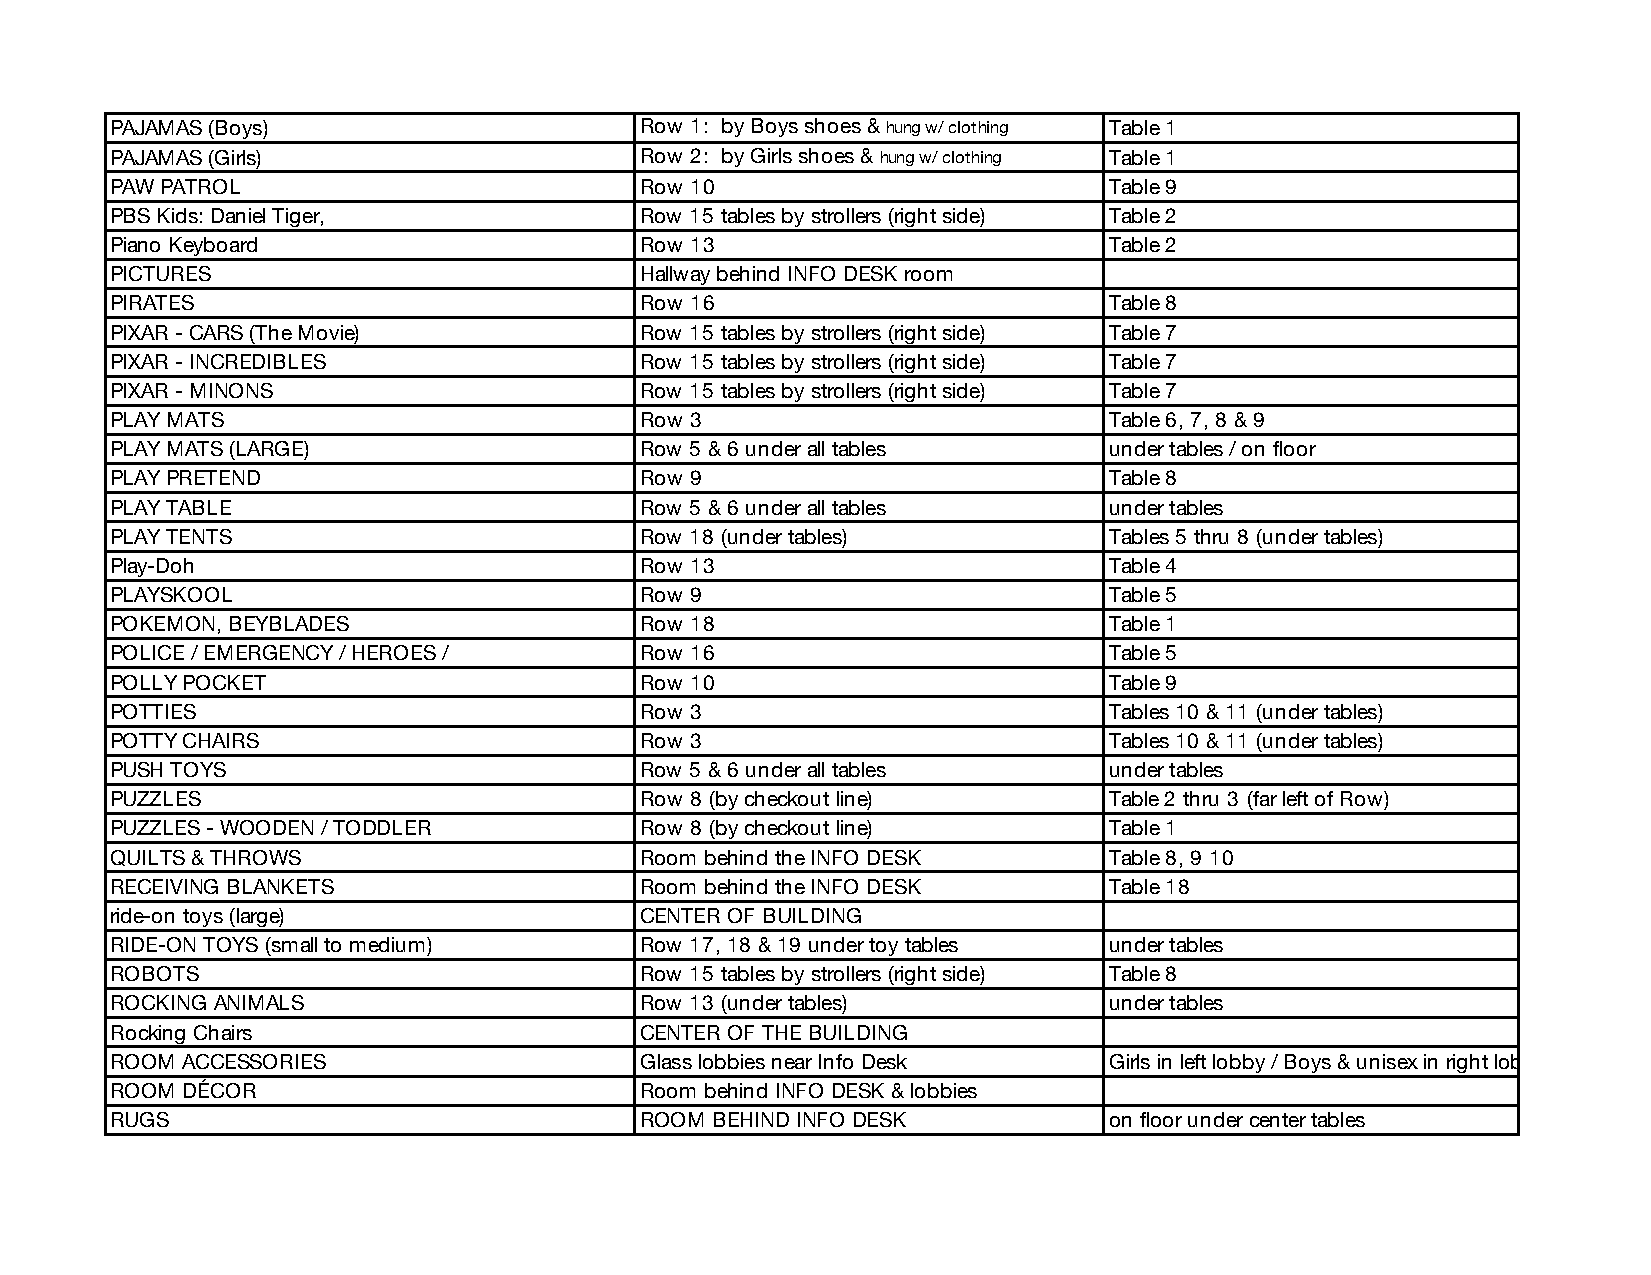
PAJAMAS (Boys)                     Row 1: by Boys shoes & hung w/ clothing Table 1
 PAJAMAS (Girls)                    Row 2: by Girls shoes & hung w/ clothing Table 1
 PAW PATROL                         Row 10                         Table 9
 PBS Kids: Daniel Tiger,            Row 15 tables by strollers (right side) Table 2
 Piano Keyboard                     Row 13                         Table 2
 PICTURES                           Hallway behind INFO DESK room
 PIRATES                            Row 16                         Table 8
 PIXAR - CARS (The Movie)           Row 15 tables by strollers (right side) Table 7
 PIXAR - INCREDIBLES                Row 15 tables by strollers (right side) Table 7
 PIXAR - MINONS                     Row 15 tables by strollers (right side) Table 7
 PLAY MATS                          Row 3                          Table 6, 7, 8 & 9
 PLAY MATS (LARGE)                  Row 5 & 6 under all tables     under tables / on floor
 PLAY PRETEND                       Row 9                          Table 8
 PLAY TABLE                         Row 5 & 6 under all tables     under tables
 PLAY TENTS                         Row 18 (under tables)          Tables 5 thru 8 (under tables)
 Play-Doh                           Row 13                         Table 4
 PLAYSKOOL                          Row 9                          Table 5
 POKEMON, BEYBLADES                 Row 18                         Table 1
 POLICE / EMERGENCY / HEROES /      Row 16                         Table 5
 POLLY POCKET                       Row 10                         Table 9
 POTTIES                            Row 3                          Tables 10 & 11 (under tables)
 POTTY CHAIRS                       Row 3                          Tables 10 & 11 (under tables)
 PUSH TOYS                          Row 5 & 6 under all tables     under tables
 PUZZLES                            Row 8 (by checkout line)       Table 2 thru 3 (far left of Row)
 PUZZLES - WOODEN / TODDLER         Row 8 (by checkout line)       Table 1
 QUILTS & THROWS                    Room behind the INFO DESK      Table 8, 9 10
 RECEIVING BLANKETS                 Room behind the INFO DESK      Table 18
 ride-on toys (large)               CENTER OF BUILDING
 RIDE-ON TOYS (small to medium)     Row 17, 18 & 19 under toy tables under tables
 ROBOTS                             Row 15 tables by strollers (right side) Table 8
 ROCKING ANIMALS                    Row 13 (under tables)          under tables
 Rocking Chairs                     CENTER OF THE BUILDING
 ROOM ACCESSORIES                   Glass lobbies near Info Desk   Girls in left lobby / Boys & unisex in right lobby
 ROOM DÉCOR                         Room behind INFO DESK & lobbies
 RUGS                               ROOM BEHIND INFO DESK          on floor under center tables